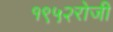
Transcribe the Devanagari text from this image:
१९५२रोजी